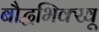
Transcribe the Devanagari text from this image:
बौद्धभिक्खू